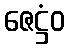
ဇေဋ္ဌံဝ